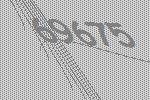
69675